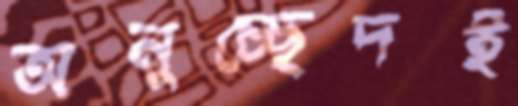
অনুচ্ছেদই